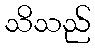
သိသည်